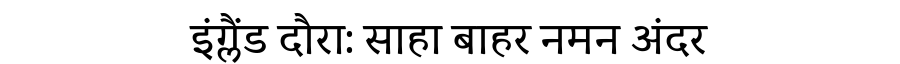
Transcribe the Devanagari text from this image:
इंग्लैंड दौरा: साहा बाहर नमन अंदर